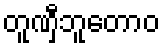
တူဏှီဘူတောဝ